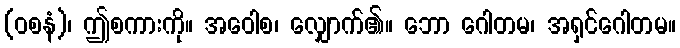
(ဝစနံ)၊ ဤစကားကို။ အဝေါစ၊ လျှောက်၏။ ဘော ဂေါတမ၊ အရှင်ဂေါတမ။